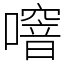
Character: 噾